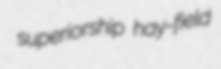
superiorship hay-field